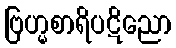
ဗြဟ္မစာရိပဋိညော